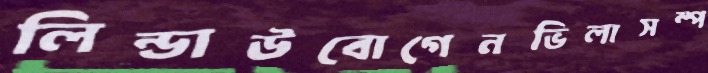
লিন্ডাউবোগেনভিলাসম্প